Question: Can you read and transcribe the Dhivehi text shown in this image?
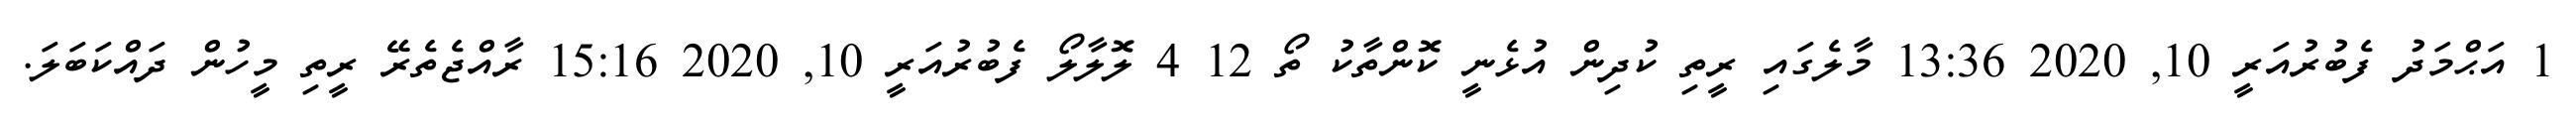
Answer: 1 އަޙްމަދު ފެބުރުއަރީ 10, 2020 13:36 މާލެގައި ރީތި ކުދިން އުޅެނީ ކޮންތާކު ތޯ 12 4 ލޮލާލޯ ފެބުރުއަރީ 10, 2020 15:16 ރާއްޖެތެރޭ ރީތި މީހުން ދައްކަބަލަ.